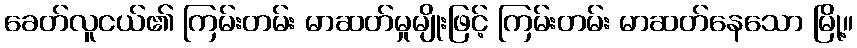
ခေတ်လူငယ်၏ ကြမ်းတမ်း မာဆတ်မှုမျိုးဖြင့် ကြမ်းတမ်း မာဆတ်နေသော မြို့။